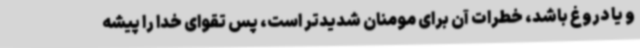
و یا دروغ باشد، خطرات آن برای مومنان شدیدتر است، پس تقوای خدا را پیشه